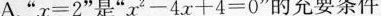
A.”$$x=2$$”是”$$x^{2}-4x+4=0$$”的充要条件